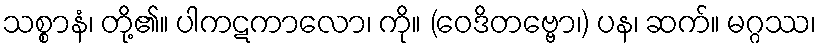
သစ္စာနံ၊ တို့၏။ ပါကဋကာလော၊ ကို။ (ဝေဒိတဗ္ဗော၊) ပန၊ ဆက်။ မဂ္ဂဿ၊